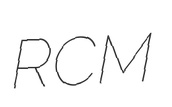
RCM